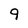
Character: 9